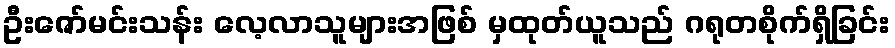
ဦးဇော်မင်းသန်း လေ့လာသူများအဖြစ် မှထုတ်ယူသည် ဂရုတစိုက်ရှိခြင်း